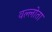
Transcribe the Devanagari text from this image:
वल्लोता